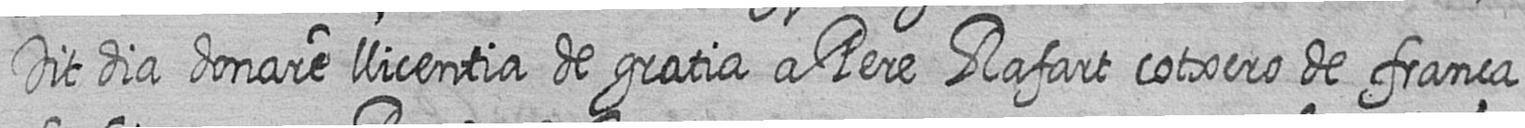
Dit dia donare llicentia de gratia a Pere Rafart cotxero de frança